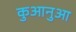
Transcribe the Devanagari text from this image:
कुआनुआ